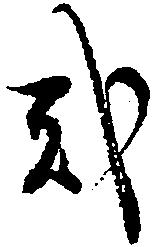
弐